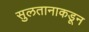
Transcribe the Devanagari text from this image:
सुलतानाकडून